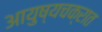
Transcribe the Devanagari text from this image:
आयुष्यचक्रात